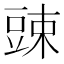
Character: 䜹